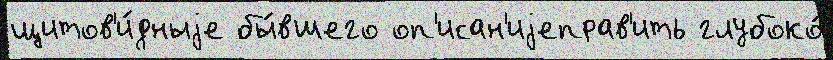
щитов'и́дныjе бы́вшего оп'исан'иjеправ'ить глубоко́